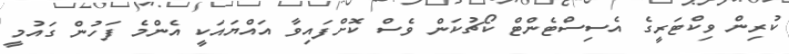
ކުރިން ވިކްޓަރީގެ އެސިސްޓެންޓް ކޯޗުކަން ވެސް ކޮށްފައިވާ އައްޔައަކީ އެންމެ ފަހުން ގައުމީ